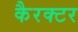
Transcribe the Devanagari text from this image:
कैरक्टर